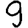
Digit: 9